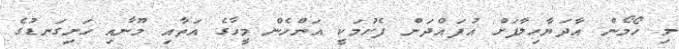
މި ހޯމޯން އާދަޔާހިލާފަށް އުފައްދަން ފެށުމަކީ އަންހެން މީހާގެ އަތާއި މޫނާއި ހަށިގަނޑުގެ